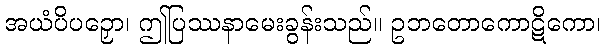
အယံပိပဉှော၊ ဤပြဿနာမေးခွန်းသည်။ ဥဘတောကောဋိကော၊